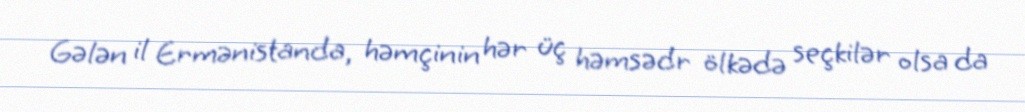
Gələn il Ermənistanda, həmçinin hər üç həmsədr ölkədə seçkilər olsa da